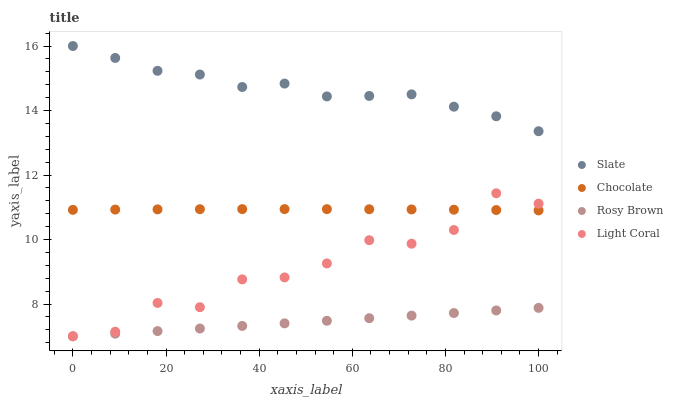
| xaxis_label | Slate | Chocolate | Rosy Brown | Light Coral |
 | --- | --- | --- | --- | --- |
 | 0 | 16 | 10.9 | 7 | 7 |
 | 9.09 | 15.6 | 10.9 | 7.08 | 7.14 |
 | 18.2 | 15.2 | 10.9 | 7.16 | 8.03 |
 | 27.3 | 15.1 | 10.9 | 7.24 | 7.9 |
 | 36.4 | 14.7 | 10.9 | 7.32 | 8.76 |
 | 45.5 | 14.8 | 10.9 | 7.4 | 8.82 |
 | 54.5 | 14.4 | 10.9 | 7.48 | 9.26 |
 | 63.6 | 14.5 | 10.9 | 7.56 | 9.98 |
 | 72.7 | 14.5 | 10.9 | 7.64 | 9.87 |
 | 81.8 | 14.1 | 10.9 | 7.72 | 10.3 |
 | 90.9 | 13.8 | 10.9 | 7.8 | 11.4 |
 | 100 | 13.4 | 10.9 | 7.88 | 11.1 |